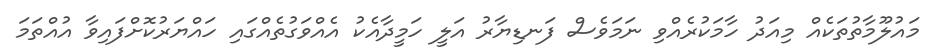
މައުލޫމާތުތަކެއް މިއަދު ހާމަކުރެއްވި ނަމަވެސް ފަނޑިޔާރު އަލީ ހަމީދާއެކު އެއްވަގުތެއްގައި ހައްޔަރުކޮށްފައިވާ އުއްތަމަ